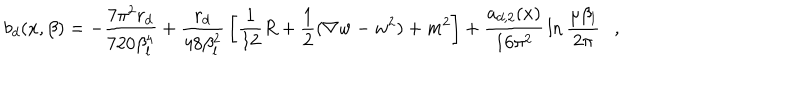
LaTeX: b _ { d } ( x , \beta ) = - { \frac { 7 \pi ^ { 2 } r _ { d } } { 7 2 0 \beta _ { l } ^ { 4 } } } + { \frac { r _ { d } } { 4 8 \beta _ { l } ^ { 2 } } } \left[ { \frac { 1 } { 1 2 } } R + \frac 1 2 ( \nabla w - w ^ { 2 } ) + m ^ { 2 } \right] + { \frac { a _ { d , 2 } ( x ) } { 1 6 \pi ^ { 2 } } } \ln { \frac { \mu \beta _ { l } } { 2 \pi } } ,